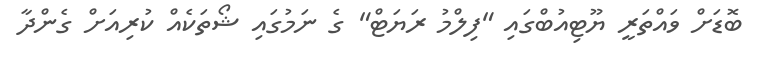
ބޮޑަށް ވައްތަރީ ޔޫޓިއުބްގައި "ފިލްމު ރަޔަޓް" ގެ ނަމުގައި ޝޯތަކެއް ކުރިއަށް ގެންދާ